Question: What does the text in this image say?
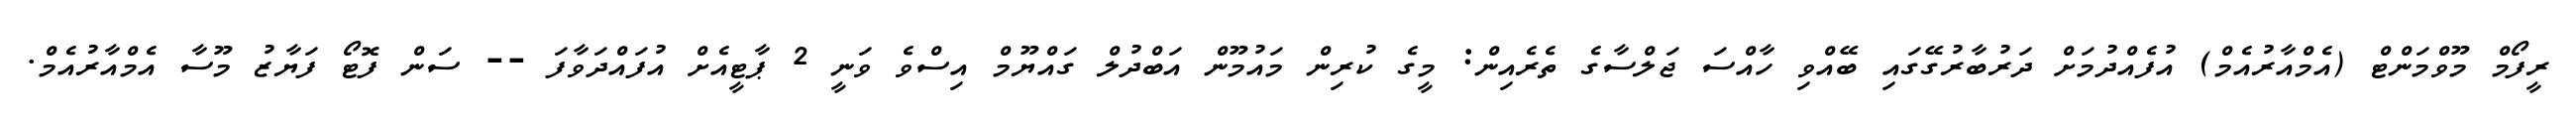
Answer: ރީފޯމް މޫވްމަންޓް (އެމްއާރުއެމް) އުފެއްދުމަށް ދަރުބާރުގޭގައި ބޭއްވި ހާއްސަ ޖަލްސާގެ ތެރެއިން: މީގެ ކުރިން މައުމޫން އަބްދުލް ގައްޔޫމް އިސްވެ ވަނީ 2 ޕާޓީއެށް އުފައްދަވާފަ -- ސަން ފޮޓޯ ފަޔާޒު މޫސާ އެމްއާރުއެމް.